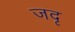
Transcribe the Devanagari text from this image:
जदृ